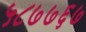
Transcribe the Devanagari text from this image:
५८७७६७